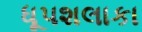
ધૂપશલાકા